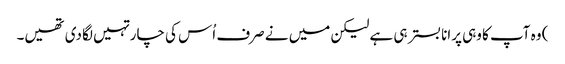
) وہ آپ کا وہی پرانا بستر ہی ہے لیکن میں نے صرف اُس کی چار تہیں لگا دی تھیں۔